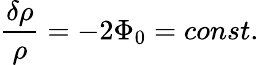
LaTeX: \frac{\delta\rho}{\rho}=-2\Phi_{0}=const.